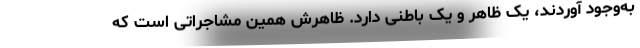
به‌وجود آوردند، یک ظاهر و یک باطنی دارد. ظاهرش همین مشاجراتی است که